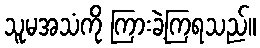
သူမအသံကို ကြားခဲ့ကြရသည်။